Report on the bubonic plague in Bombay, 1896-1897
Year: 1896
Disease focus: Plague
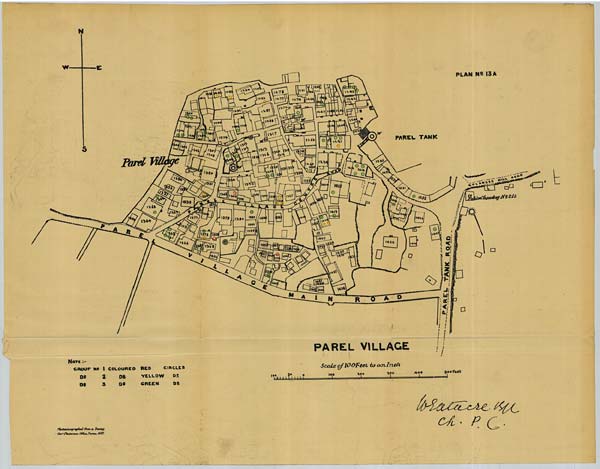
PLAN No: 13A
Photozincographed from a Tracing.
Govt. Photozinco: Office, Poona, 1897.